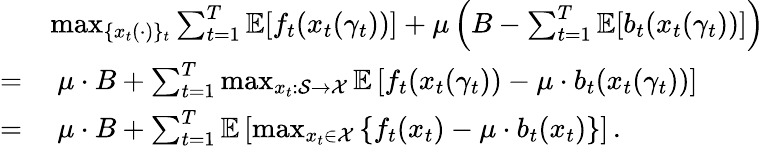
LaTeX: \begin{array}{rl}&{\operatorname*{max}_{\{ x_{t}(\cdot)\} _{t}}\sum_{t=1}^{T}\mathbb{E}[f_{t}(x_{t}(\gamma_{t}))]+\mu\left(B-\sum_{t=1}^{T}\mathbb{E}[b_{t}(x_{t}(\gamma_{t}))]\right)}\\ {=}&{\ \mu\cdot B+\sum_{t=1}^{T}\operatorname*{max}_{x_{t}:\mathcal{S}\to\mathcal{X}}\mathbb{E}\left[f_{t}(x_{t}(\gamma_{t}))-\mu\cdot b_{t}(x_{t}(\gamma_{t}))\right]}\\ {=}&{\ \mu\cdot B+\sum_{t=1}^{T}\mathbb{E}\left[\operatorname*{max}_{x_{t}\in\mathcal{X}}\left\{ f_{t}(x_{t})-\mu\cdot b_{t}(x_{t})\right\} \right]\, .}\end{array}